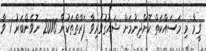
ވީމާ މި މަސައްކަތް ކޮށްދިނުމަށް ޝައުޤުވެރިވާ ފަރާތްތަކުން 2016 ނޮވެންބަރު 1 ވާ